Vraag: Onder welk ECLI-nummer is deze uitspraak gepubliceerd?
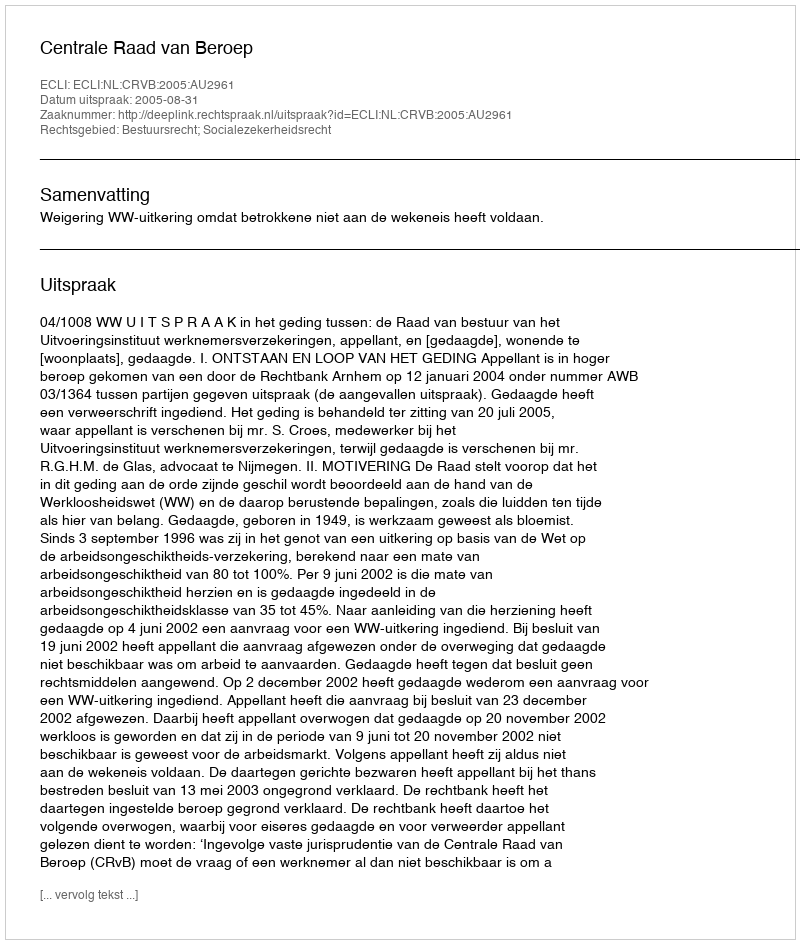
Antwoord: ECLI:NL:CRVB:2005:AU2961